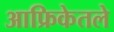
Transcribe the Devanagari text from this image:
आफ्रिकेतले